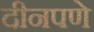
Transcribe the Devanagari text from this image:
दीनपणे